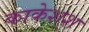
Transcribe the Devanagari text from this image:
काकेशश